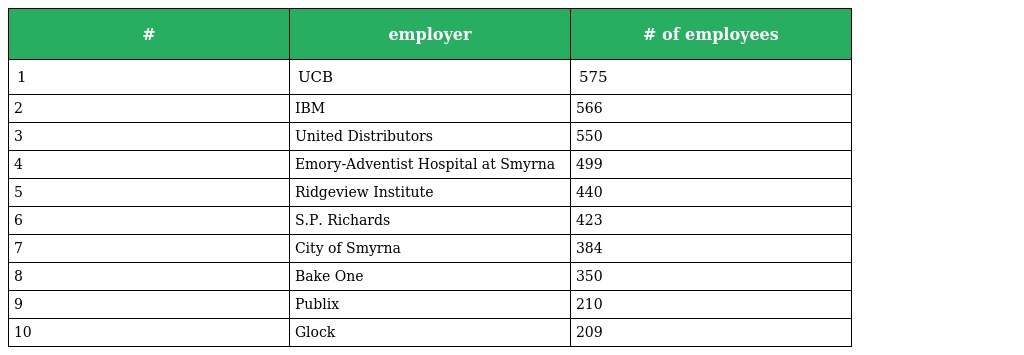
| # | employer | # of employees |
 | --- | --- | --- |
 | 1 | UCB | 575 |
 | 2 | IBM | 566 |
 | 3 | United Distributors | 550 |
 | 4 | Emory-Adventist Hospital at Smyrna | 499 |
 | 5 | Ridgeview Institute | 440 |
 | 6 | S.P. Richards | 423 |
 | 7 | City of Smyrna | 384 |
 | 8 | Bake One | 350 |
 | 9 | Publix | 210 |
 | 10 | Glock | 209 |